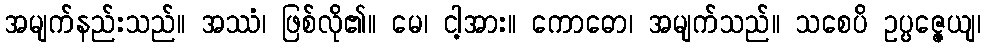
အမျက်နည်းသည်။ အဿံ၊ ဖြစ်လို၏။ မေ၊ ငါ့အား။ ကောဓော၊ အမျက်သည်။ သစေပိ ဥပ္ပဇ္ဇေယျ၊